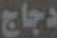
دجاج